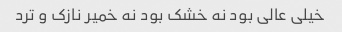
خیلی عالی بود نه خشک بود نه خمیر نازک و ترد